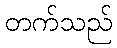
တက်သည်